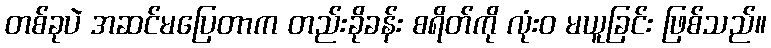
တစ်ခုပဲ အဆင်မပြေတာက တည်းခိုခန်း စရိတ်ကို လုံးဝ မယူခြင်း ဖြစ်သည်။